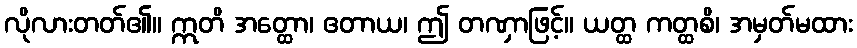
လိုလားတတ်၏။ ဣတိ အတ္ထော၊ ဧတာယ၊ ဤ တဏှာဖြင့်။ ယတ္ထ ကတ္ထစိ၊ အမှတ်မထား